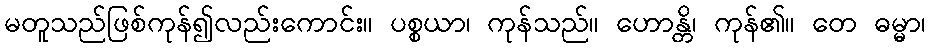
မတူသည်ဖြစ်ကုန်၍လည်းကောင်း။ ပစ္စယာ၊ ကုန်သည်။ ဟောန္တိ၊ ကုန်၏။ တေ ဓမ္မာ၊